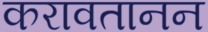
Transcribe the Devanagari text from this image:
करावतानन